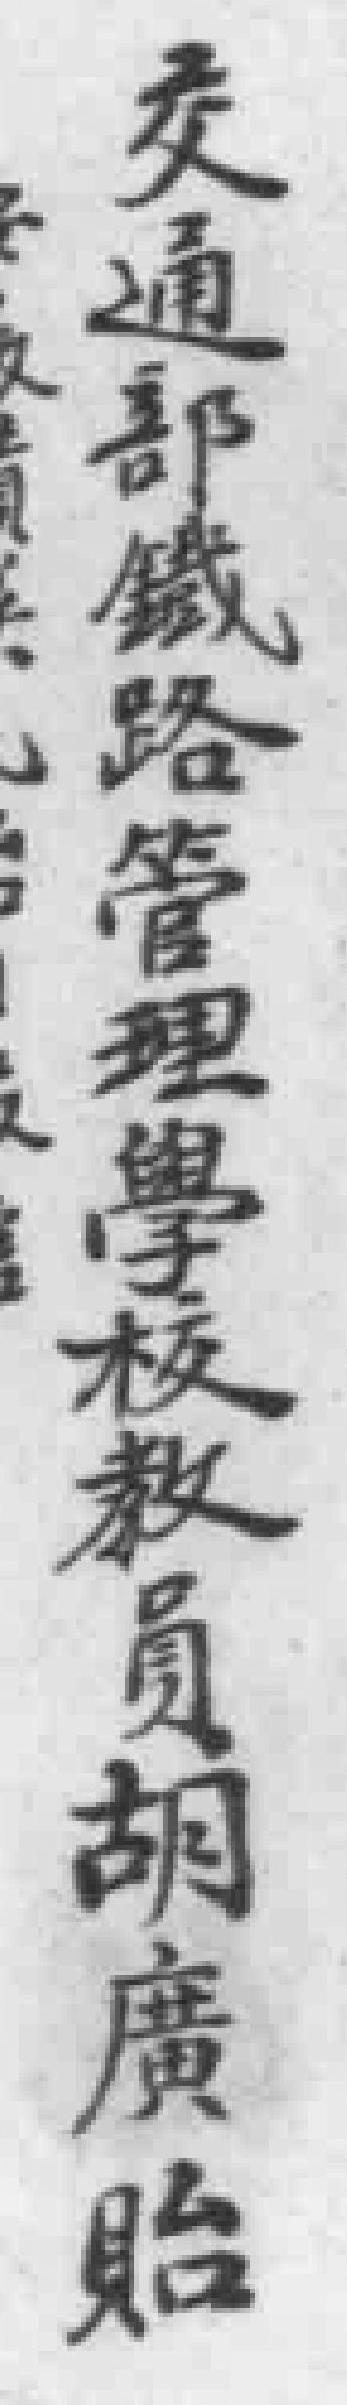
交通部鐵路管理學校教員胡廣貽